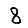
Digit: 8